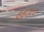
ફફડાટ